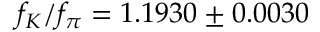
f _ { K } / f _ { \pi } = 1 . 1 9 3 0 \pm 0 . 0 0 3 0